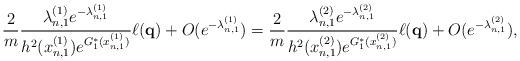
LaTeX: \begin{align*} \begin{aligned}\frac{2}{m}\frac{\lambda_{n,1}^{(1)}e^{-\lambda_{n,1}^{(1)}}}{h^2(x_{n,1}^{(1)}) e^{G_1^*(x_{n,1}^{(1)})}}\ell(\mathbf{q})+O(e^{-\lambda_{n,1}^{(1)}})=\frac{2}{m}\frac{\lambda_{n,1}^{(2)}e^{-\lambda_{n,1}^{(2)}}}{h^2(x_{n,1}^{(2)}) e^{G_1^*(x_{n,1}^{(2)})}}\ell(\mathbf{q})+O(e^{-\lambda_{n,1}^{(2)}}), \end{aligned}\end{align*}